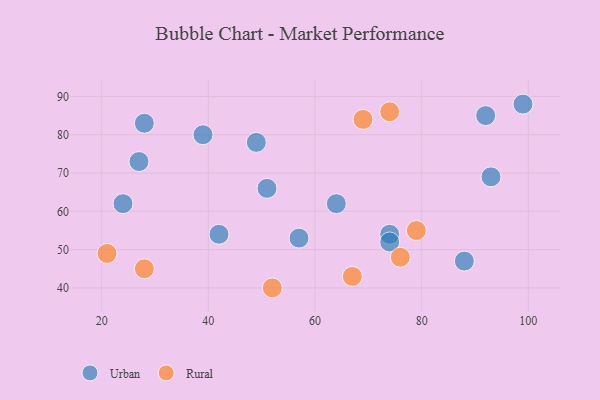
{"axis": {"x": "GDP", "y": "Life Expectancy"}, "legend": ["Rural", "Urban"], "data": [{"x": "99", "y": 88, "type": "Urban"}, {"x": "74", "y": 54, "type": "Urban"}, {"x": "27", "y": 73, "type": "Urban"}, {"x": "28", "y": 83, "type": "Urban"}, {"x": "49", "y": 78, "type": "Urban"}, {"x": "88", "y": 47, "type": "Urban"}, {"x": "93", "y": 69, "type": "Urban"}, {"x": "24", "y": 62, "type": "Urban"}, {"x": "42", "y": 54, "type": "Urban"}, {"x": "57", "y": 53, "type": "Urban"}, {"x": "74", "y": 52, "type": "Urban"}, {"x": "64", "y": 62, "type": "Urban"}, {"x": "39", "y": 80, "type": "Urban"}, {"x": "92", "y": 85, "type": "Urban"}, {"x": "51", "y": 66, "type": "Urban"}, {"x": "67", "y": 43, "type": "Rural"}, {"x": "21", "y": 49, "type": "Rural"}, {"x": "28", "y": 45, "type": "Rural"}, {"x": "79", "y": 55, "type": "Rural"}, {"x": "52", "y": 40, "type": "Rural"}, {"x": "69", "y": 84, "type": "Rural"}, {"x": "74", "y": 86, "type": "Rural"}, {"x": "76", "y": 48, "type": "Rural"}]}